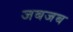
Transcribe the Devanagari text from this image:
जबजब